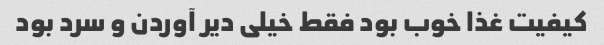
کیفیت غذا خوب بود فقط خیلی دیر آوردن و سرد بود